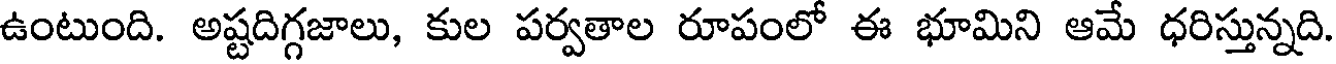
ఉంటుంది. అష్టదిగ్గజాలు, కుల పర్వతాల రూపంలో ఈ భూమిని ఆమే ధరిస్తున్నది.